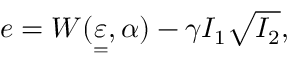
e = W ( \underset { = } { \varepsilon } , \alpha ) - \gamma I _ { 1 } \sqrt { I _ { 2 } } ,